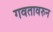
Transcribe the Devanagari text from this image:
गवतावरुन